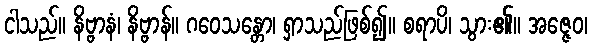
ငါသည်။ နိဗ္ဗာနံ၊ နိဗ္ဗာန်။ ဂဝေသန္တော၊ ရှာသည်ဖြစ်၍။ စရာပိ၊ သွား၏။ အဇ္ဇေဝ၊